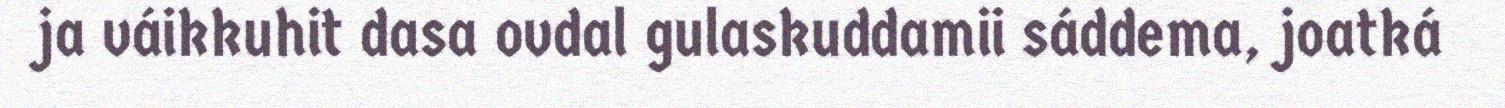
ja váikkuhit dasa ovdal gulaskuddamii sáddema, joatká